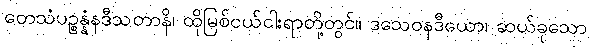
တေသံပဉ္စန္နံနဒီသတာနိ၊ ထိုမြစ်ငယ်ငါးရာတို့တွင်။ ဒသေဝနဒီယော၊ ဆယ်ခုသော